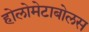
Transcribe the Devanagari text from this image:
होलोमेटाबोलस